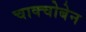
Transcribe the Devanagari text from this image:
चाक्चोबेन